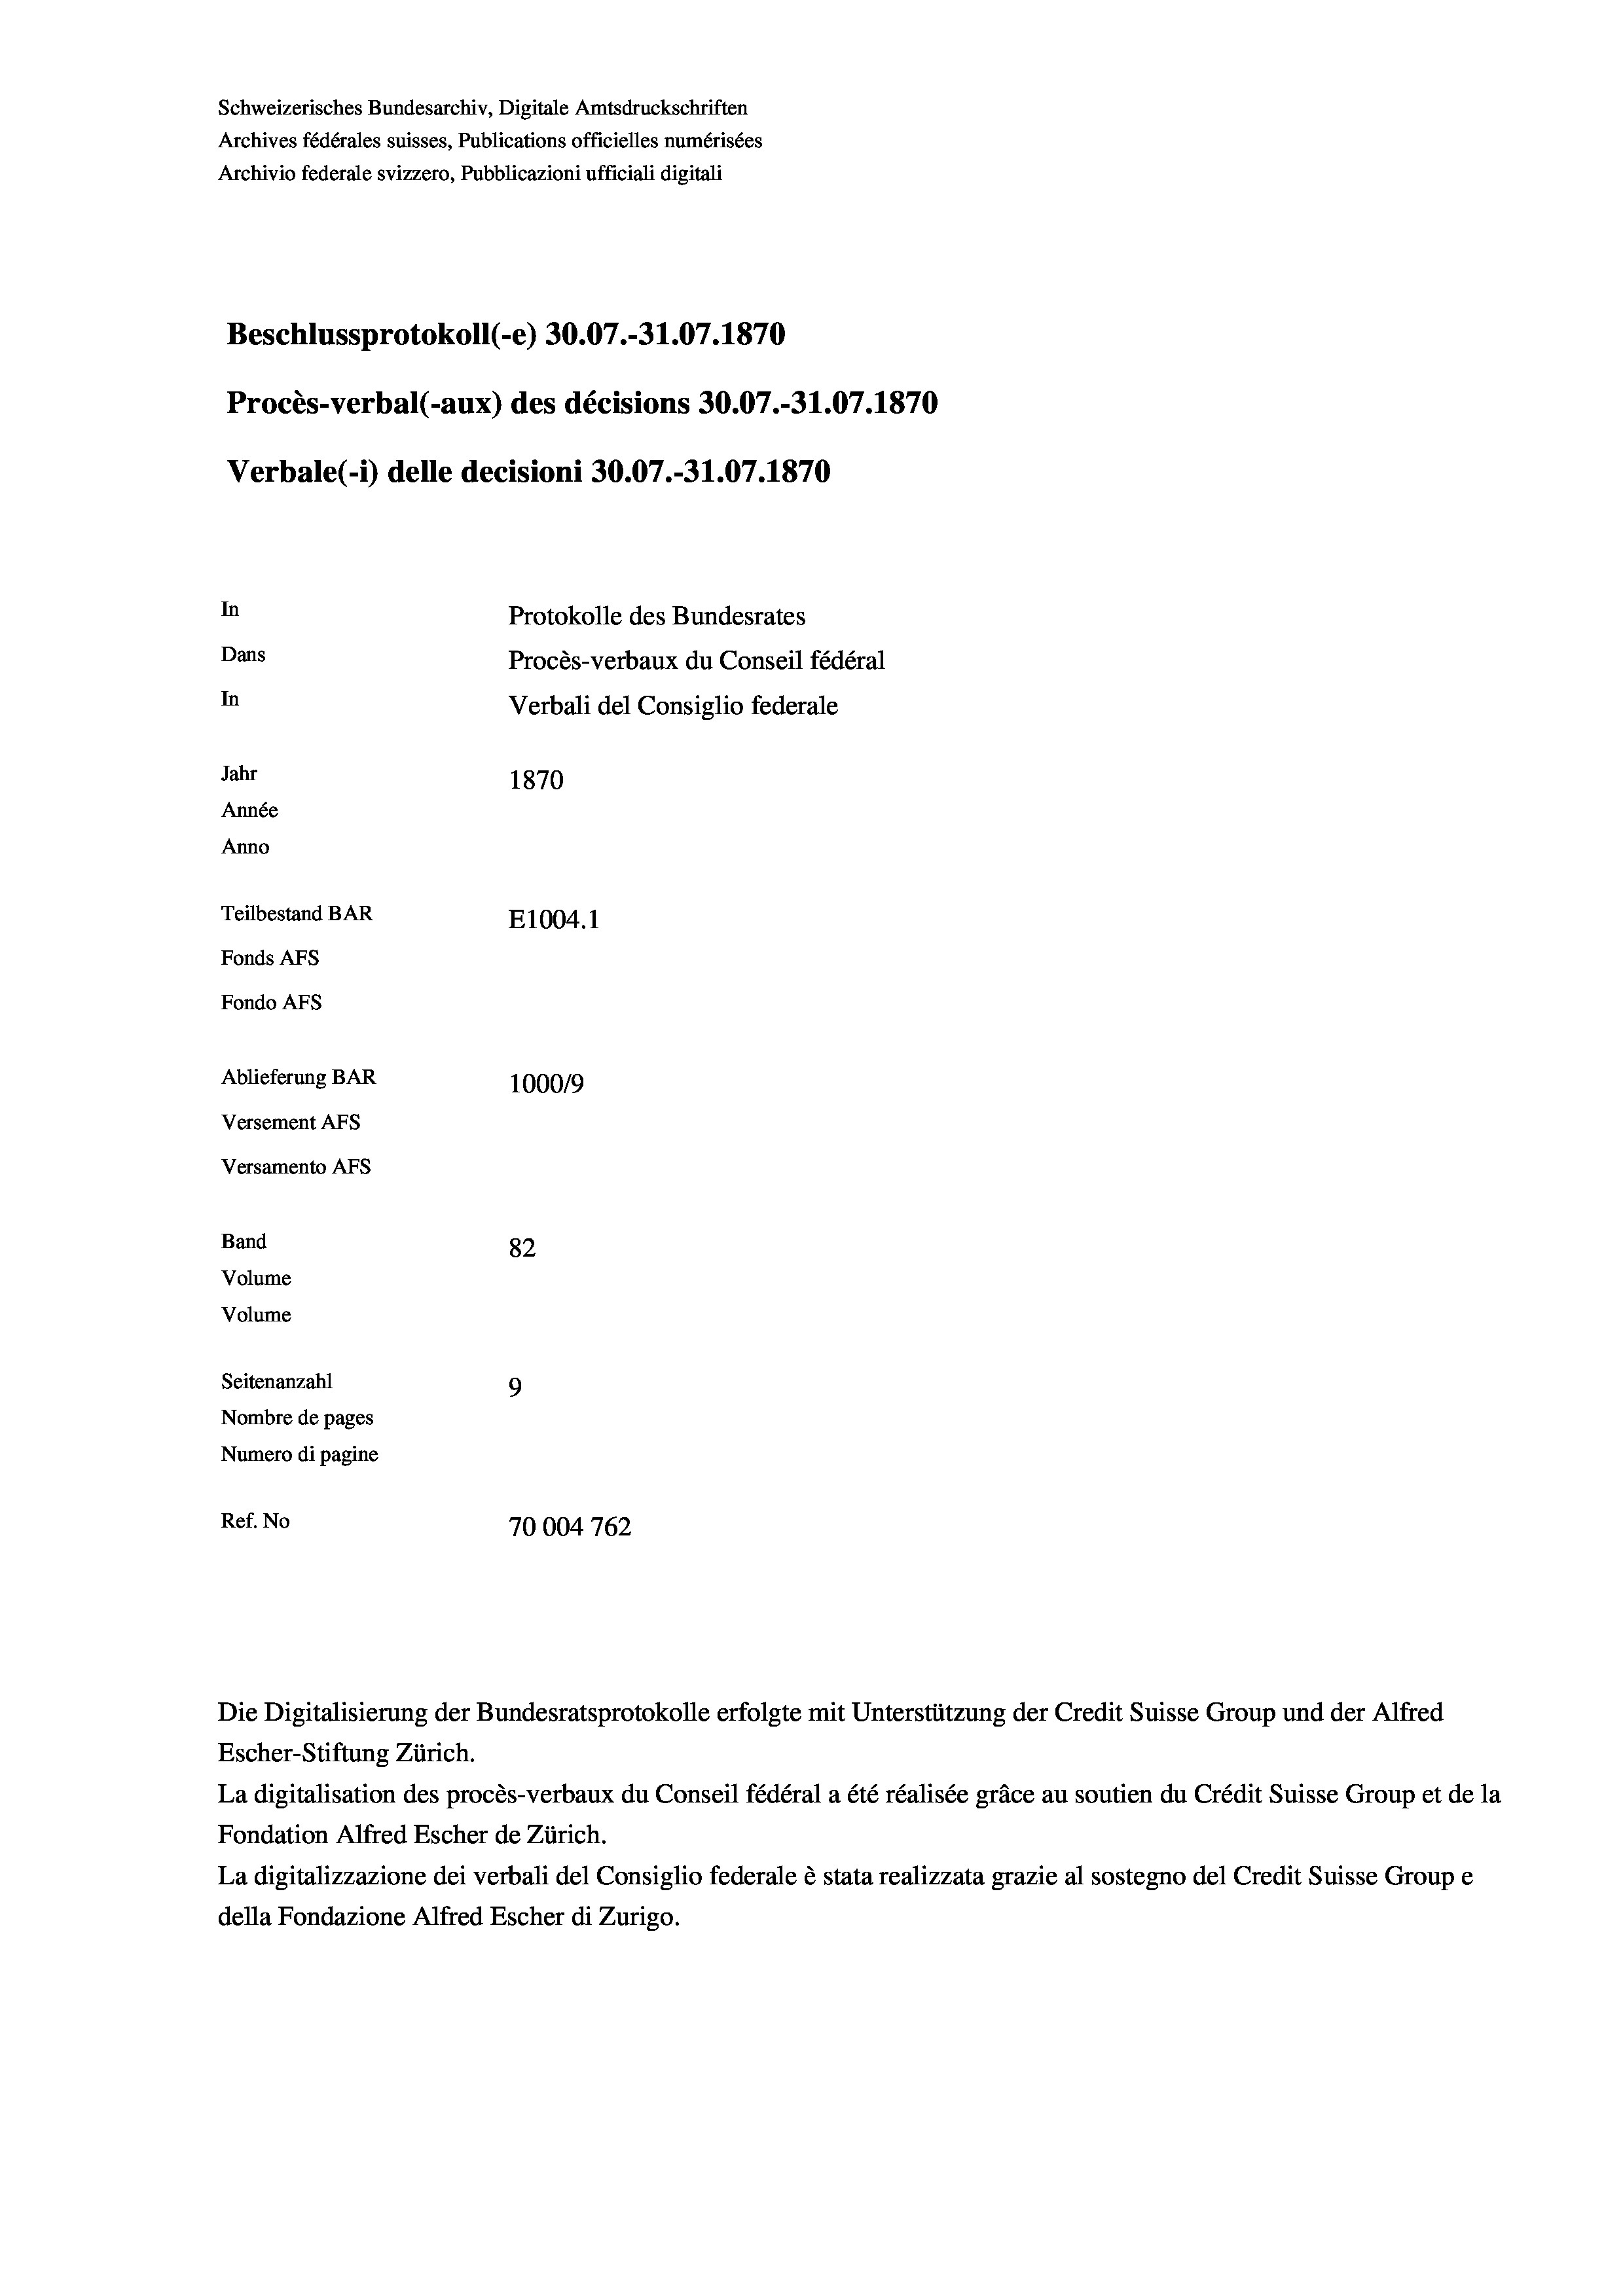
Schweizerisches Bundesarchiv, Digitale Amtsdruckschriften
Archives fédérales suisses, Publications officielles numérisées
Archivio federale svizzero, Pubblicazioni ufficiali digitali
Beschlussprotokoll (-e) 30.07.-31.07. 1870
Procès-verbal (-aux) des décisions 30.07.-31.07. 1870
Verbale (- 1) delle decisioni 30.07.-31.07. 1870
In
Protokolle des Bundesrates
Dans
Procès-verbaux du Conseil fédéral
In
Verbali del Consiglio federale
Jahr
1870
Année
Anno
Teilbestand BAR
E1004. 1
Fonds AFs
Fondo AFs

Ablieferung BAR
Versement As
Versamento AFs
Band
Volume
Volume

100019
82
Seitenanzahl
9
Nombre de pages
Numero di pagine
Ref. No
70004762

Escher-Stiftung Zürich.
La digitalisation des procès-verbaux du Conseil fédéral a été réalisée gräce au soutien du Crédit Suisse Group et de la
Fondation Alfred Escher de Zürich.
La digitalizzazione dei verbali del Consiglio federale è stata realizzata grazie al sostegno del Credit Suisse Groupe
della Fondazione Alfred Escher di Zurigo.

Die Digitalisierung der Bundesratsprotokolle erfolgte mit Unterstützung der Credit Suisse Group und der Alfred